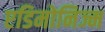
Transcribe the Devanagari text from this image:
एडिमोनिज्म